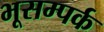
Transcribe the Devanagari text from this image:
भूसम्पर्क